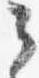
々